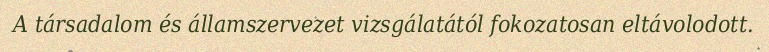
A társadalom és államszervezet vizsgálatától fokozatosan eltávolodott.